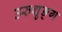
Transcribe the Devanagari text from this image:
उरुशृङ्ग